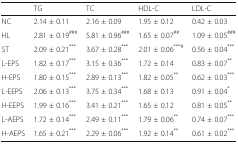
|  | TG | TC | HDL-C | LDL-C |
 | --- | --- | --- | --- | --- |
 | NC | 2.14 ± 0.11 | 2.16 ± 0.09 | 1.95 ± 0.12 | 0.42 ± 0.03 |
 | HL | 2.81 ± 0.19### | 5.81 ± 0.96### | 1.65 ± 0.07## | 1.09 ± 0.05### |
 | ST | 2.09 ± 0.21*** | 3.67 ± 0.28*** | 2.01 ± 0.06***# | 0.56 ± 0.04*** |
 | L-EPS | 1.82 ± 0.17*** | 3.15 ± 0.36*** | 1.72 ± 0.14 | 0.83 ± 0.07** |
 | H-EPS | 1.80 ± 0.15*** | 2.89 ± 0.13*** | 1.82 ± 0.05** | 0.62 ± 0.03*** |
 | L-EEPS | 2.06 ± 0.13*** | 3.75 ± 0.34*** | 1.68 ± 0.13 | 0.91 ± 0.04* |
 | H-EEPS | 1.99 ± 0.16*** | 3.41 ± 0.21*** | 1.65 ± 0.12 | 0.81 ± 0.05** |
 | L-AEPS | 1.72 ± 0.14*** | 2.49 ± 0.11*** | 1.79 ± 0.06** | 0.74 ± 0.07*** |
 | H-AEPS | 1.65 ± 0.21*** | 2.29 ± 0.06*** | 1.92 ± 0.14** | 0.61 ± 0.02*** |